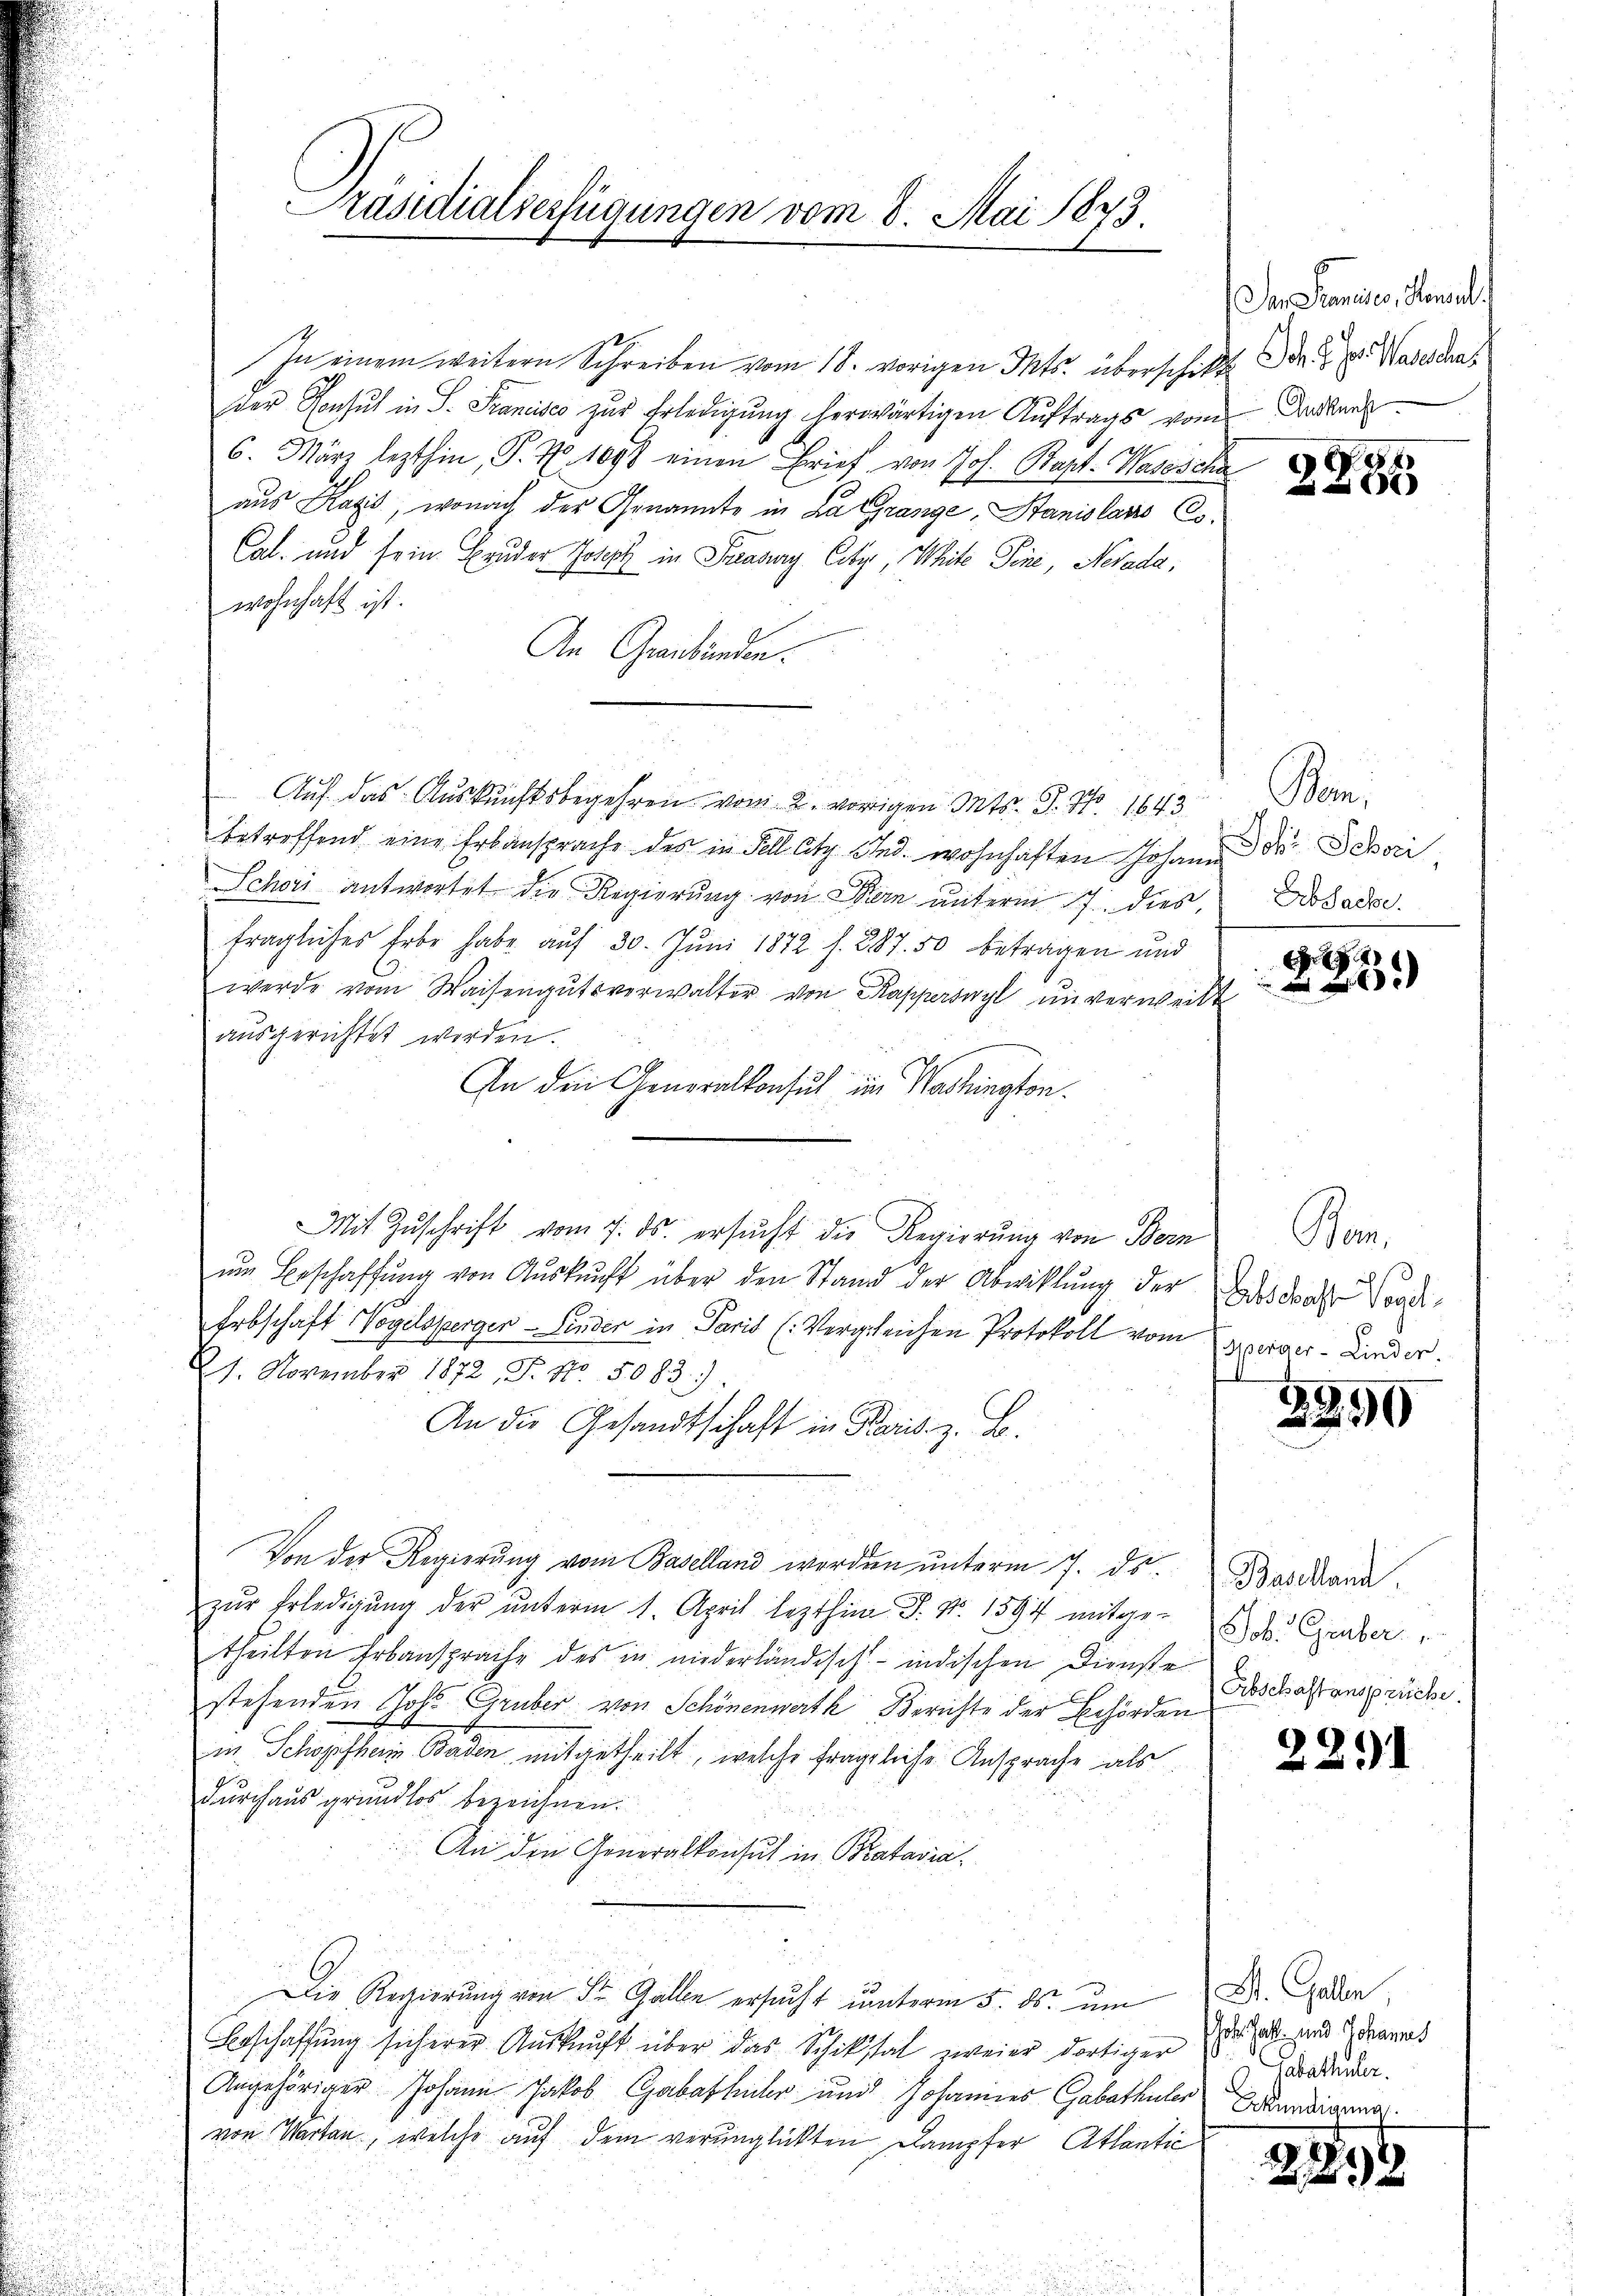
Präsidialverfügungen vom 8. Mai 1873.

In einem weitern Schreiben vom 18. vorigen Ikts. überschikt dr. v. Wasestha
der Konsul in S. Francisco zur Erledigung herwärtigen Auftrags vom Badens
6. März lezthin, S. 10. 1098 einen Brief von Joh. Bapt. Wassscha
aus Kaxis, wonach der Genannte in La Grange Stanislato Cs.
Cal. und sein Bruder Joseph in Praswry, City, White Tine, Nevada,
wohnhaft ist.
An Graubünden.
e
Auf das Auskunftsbegehren vom 2. vorigen Mts. S. Nr. 1643
betreffend eine Erbansprache des in Fell Atz And. wohnhaften Johann der Depari
Schori antwortet die Regierung von Bern unterm 7. dies
fragliches Erbe habe auf 30. Juni 1872 f. 287. 50 betragen und
werde vom Waisengŭtsverwalter von Kapperswyl unverweilt
ausgerichtet worden.
An den Generalkonsul im Washington.
Mit Zŭschrift vom 7. ds. ersŭcht die Regierŭng von Bern Bern,
ŭm Beschaffŭng von Aŭskŭnft über den Stand der Abwicklung der Todesdross Vord-
Erbschaft Vogelspergen - Linder in Paris (Vergleichen Protokoll vom Berner-Linder.
1. November 1872, S. Nr. 5083).
An die Gesandtschaft in Paris. z. B.
Von der Regierung vom Baselland werden unterm 7. ds. Bosdarna
zŭr Erledigŭng der ŭnterm 1. April lezthim J. Nr. 1597 mitge-Job. Graber
theilten Erbansprache des in niederländisch-indischen Dienste Schaftensprüche.
stehenden Joh. Gruber von Schönenwerth Berichte der Behörden
in Schopfherin Baden, mitgetheilt, welche fragliche Ansprache als
durchaus grundlos bezeichnen.
An den Generalkonsul in Batavia¬
Die Regierŭng von St. Gallen ersŭcht ŭnterm 5. ds. ŭm " Dr. Gaden,
Beschaffung sicherer Auskunft über das Schikstat zweier dortiger es als und darnat
Angehöriger Johann Jakob Gabasfuhr und Johannes Gabethaler Wundigema
von Warten, welche auf dem verunglickten Dampfer Atlantić

Der Frances, Honial

28

Pani
Erbsache.

g
200

3890

22.1

Gabethaler.

2899